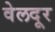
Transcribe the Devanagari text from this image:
वेलदूर